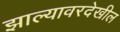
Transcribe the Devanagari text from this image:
झाल्यावरदेखील